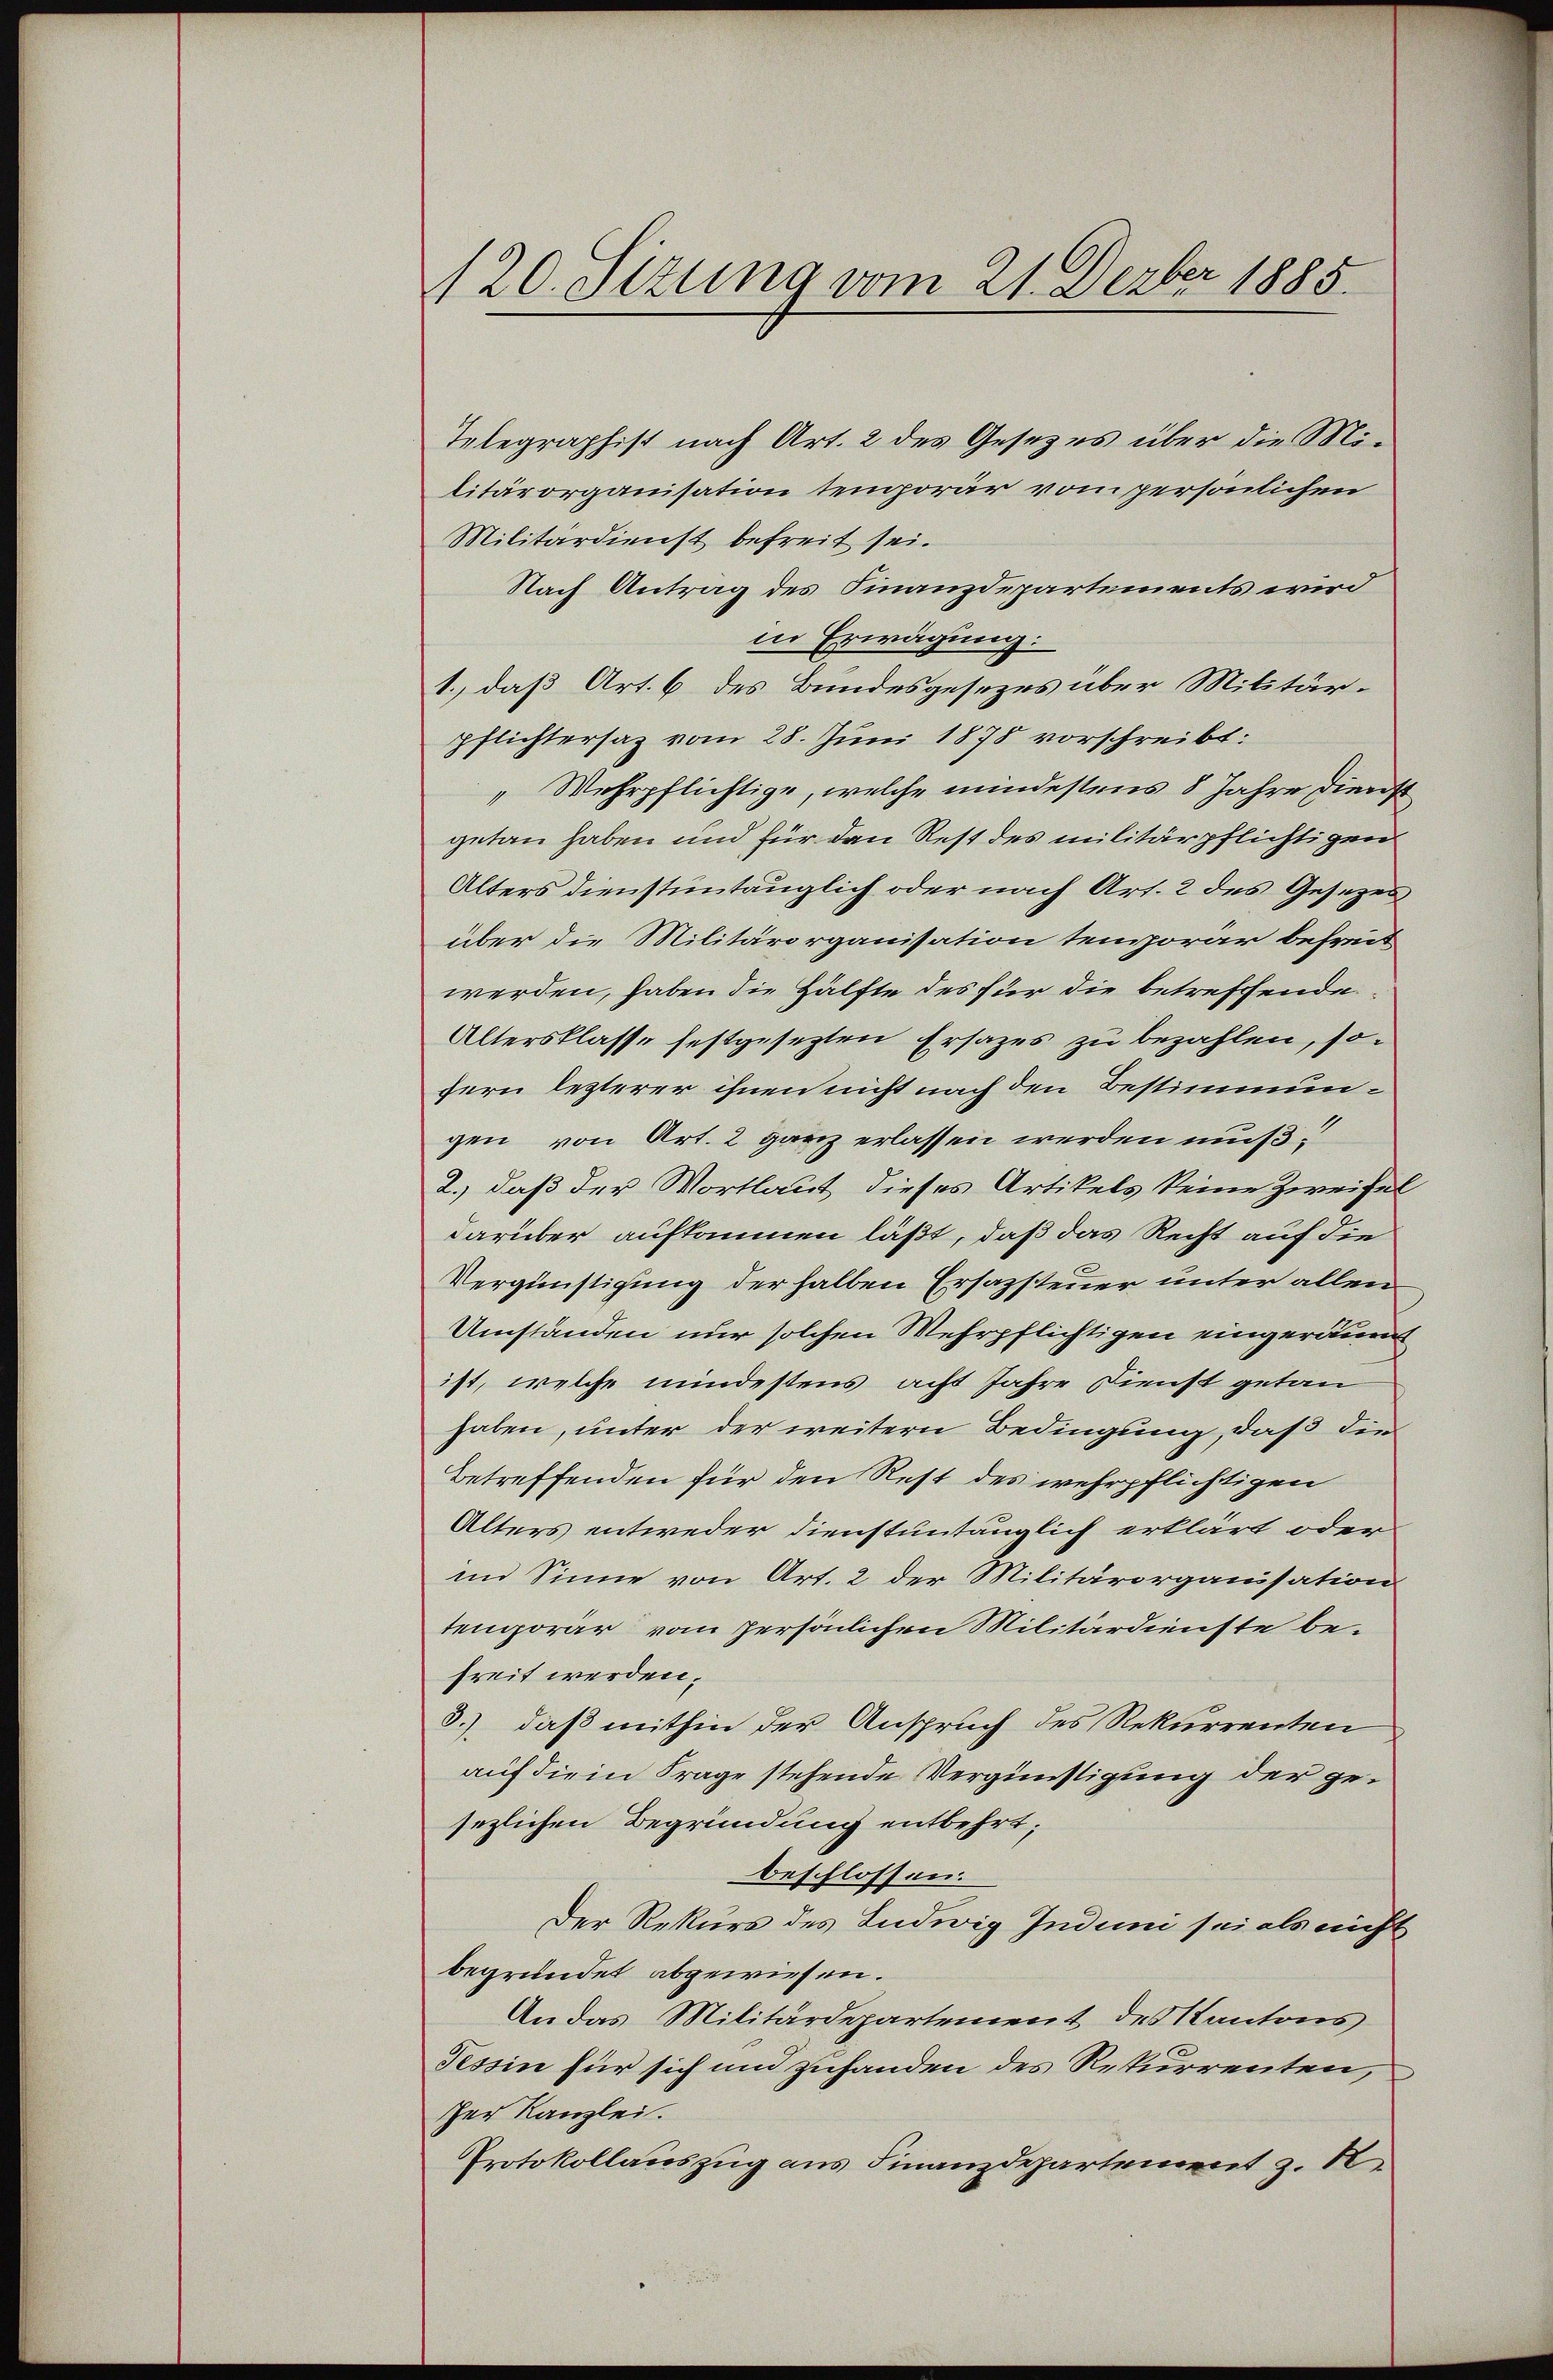
120. Sizung vom 21. Dezbr 1885.

Telegraphist nach Art. 2 des Gesezes über die Militärorganisation temporär vom persönlichen
Militärdienst befreit sei.
Nach Antrag des Finanzdepartements wird
in Erwägung:
1.) daß Art. 6 des Bundesgesezes über Militärpflichtersaz vom 28. Juni 1878 vorschreibt:
"Wehrpflichtige, welche mindestens 8 Jahre dienst
getan haben und für den Rest des militärpflichtigen
Alters dienstuntauglich oder nach Art. 2 des Gesezes
über die Militärorganisation temporar befreit
werden, haben die Hälfte des für die betreffende
Altersklasse festgesezten Ersazes zu bezahlen, sohern lezterer ihnen nicht nach den Bestimmungen von Art. 2 ganz erlassen werden muß.
2.) daß der Wortlaut dieses Artikels keine Zweifel
darüber aufkommen läßt, daß das Recht auf die
Vergünstigung der halben Ersazsteuer unter allen
Umständen nur solchen Wehrpflichtigen eingeräumt
ist, welche mindestens acht Jahre Dienst getan
haben, unter der weitern Bedingung, daß die
Betreffenden für den Rest des wehrpflichtigen
Alters entweder Dienstuntänglich erklärt oder
im Sinne von Art. 2 der Militärorganisation
tenorar vom persönlichen Militärdienste be-
freit werden.
3.) daß mithin der Anspruch des Rekurrenten
auf die in Frage stehende Vergünstigung der gesezlichen Begründung entbehrt;
beschlossen.
Der Rekurs des Ludwig Induni sei als nicht
begründet abgewiesen.
An das Militärdepartement des Kantons
Tessin für sich und zuhanden des Rekurrenten,
der Kanzlei.
Protokollauszug aus Finanzdepartement z. B.